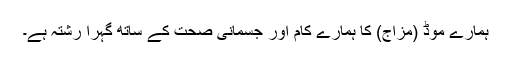
ہمارے موڈ (مزاج) کا ہمارے کام اور جسمانی صحت کے ساتھ گہرا رشتہ ہے۔